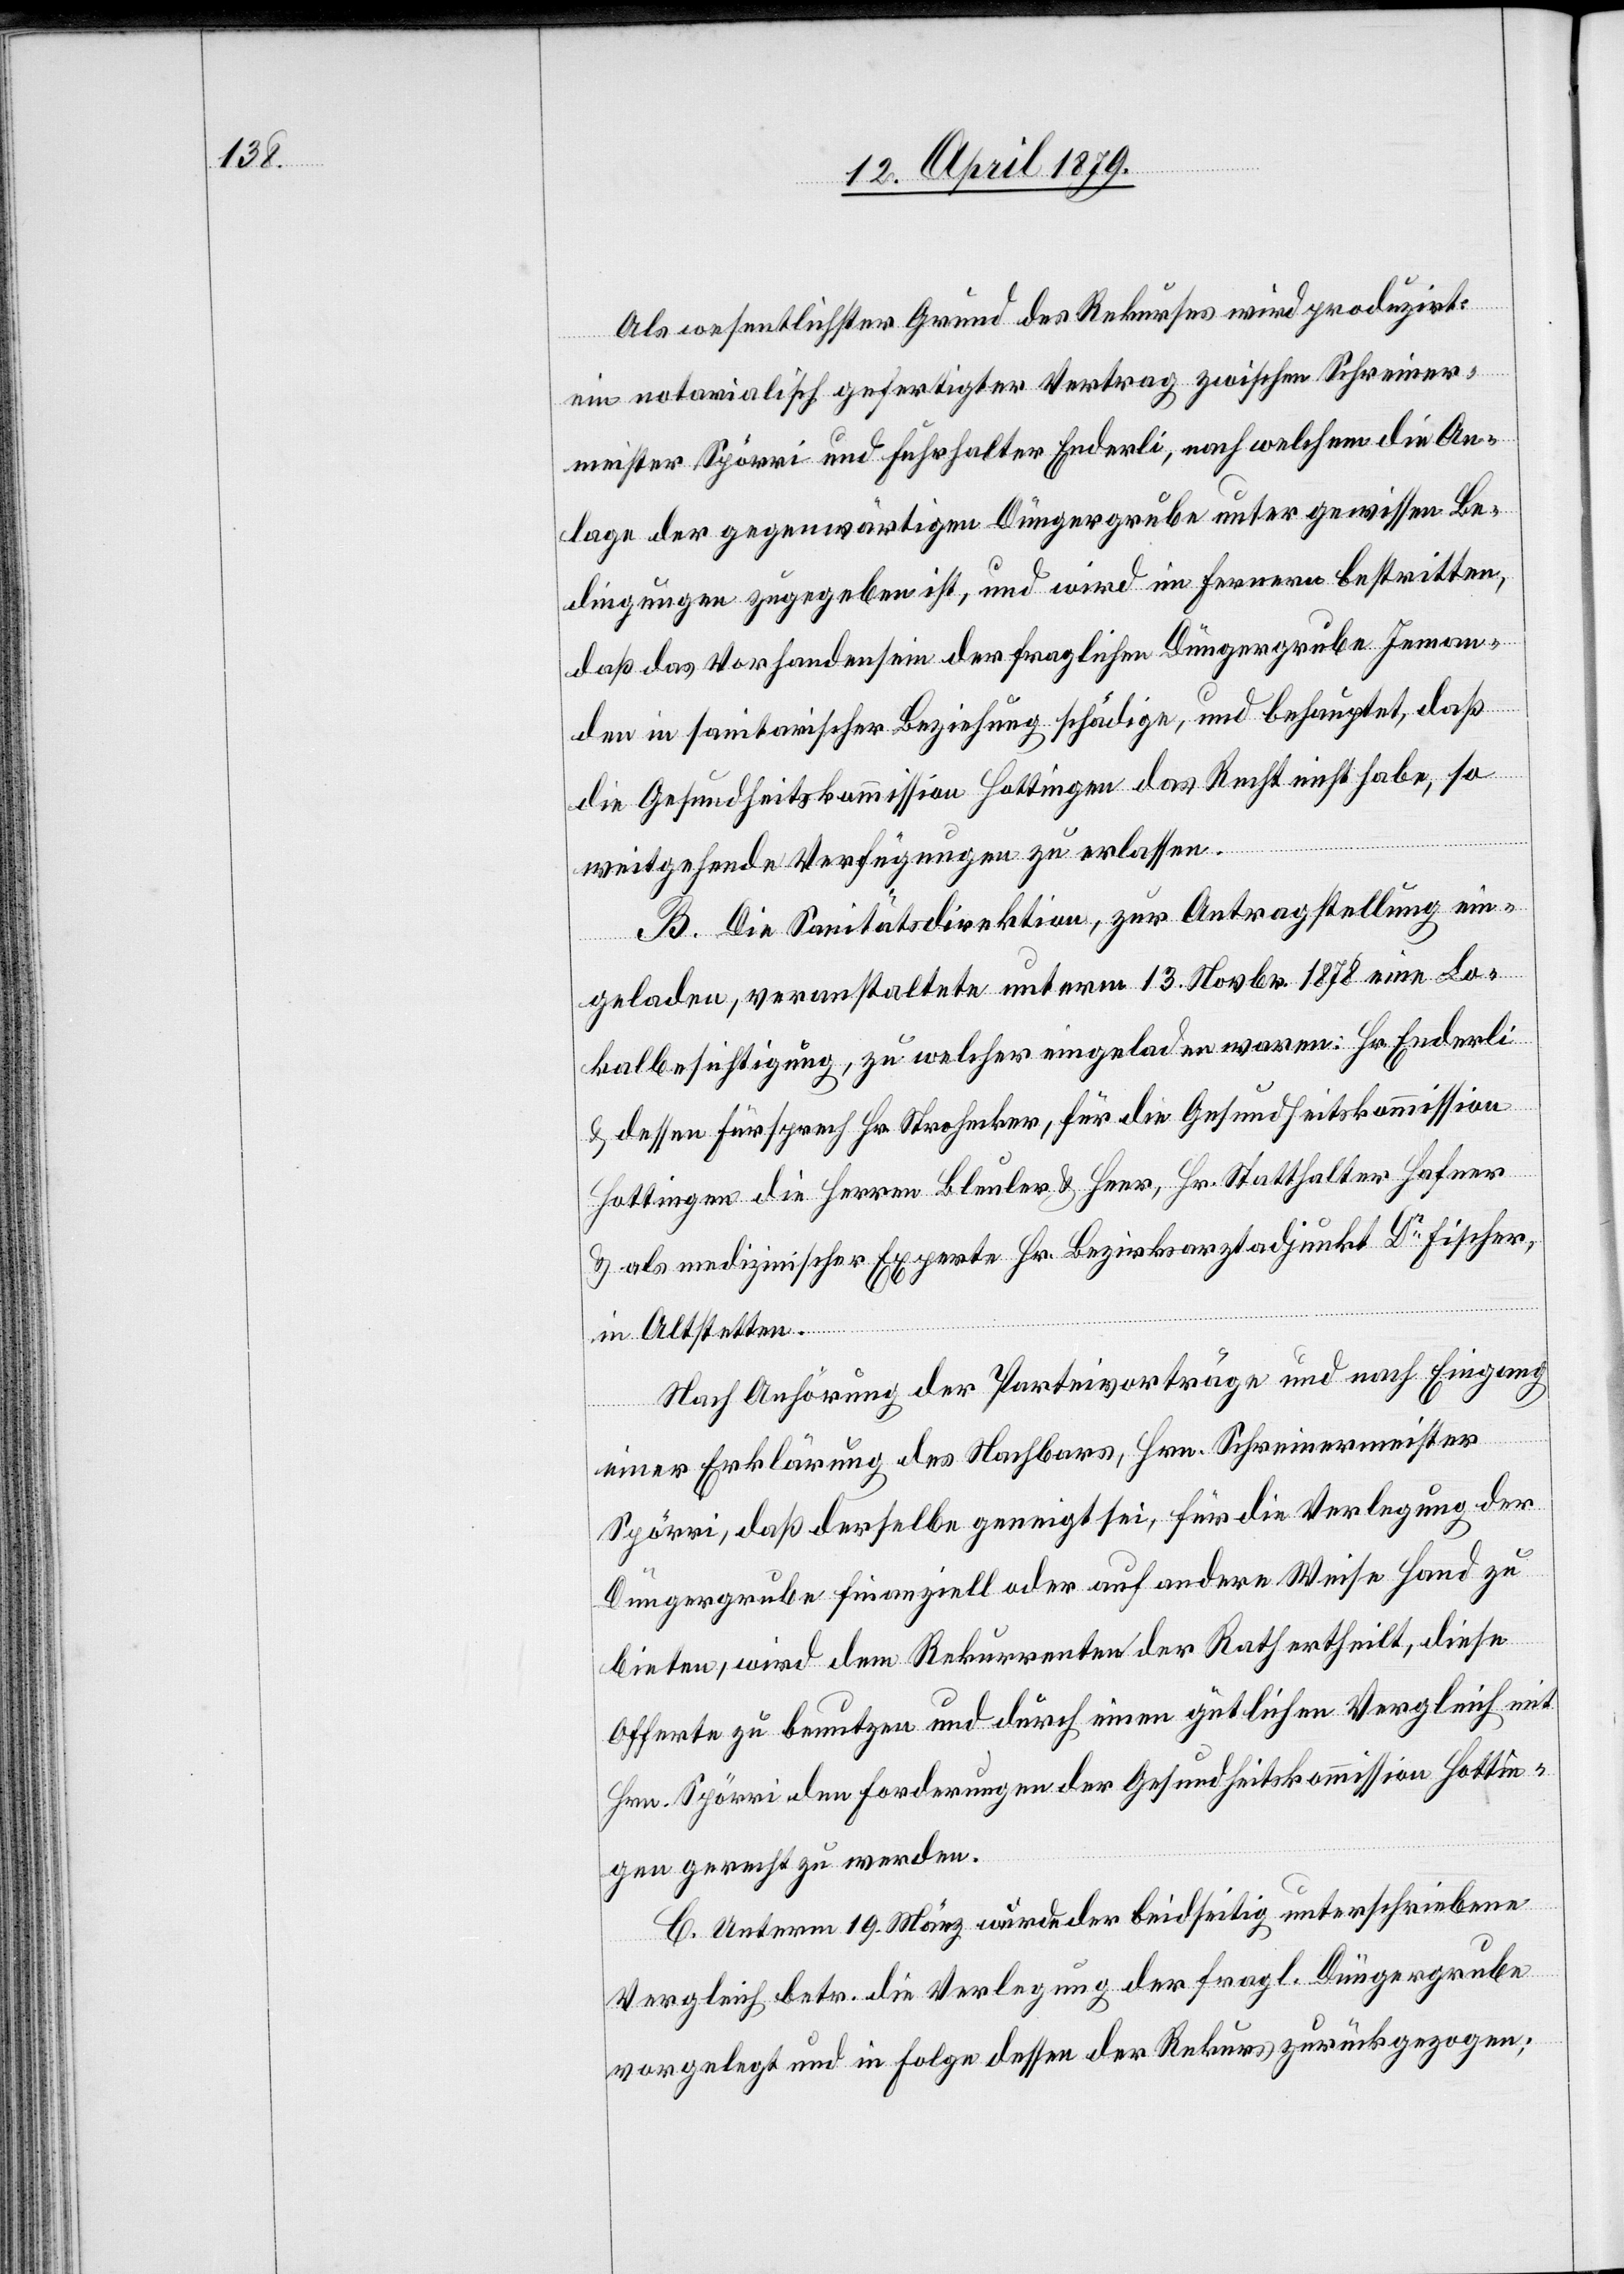
Als wesentlichster Grund des Rekurses wird produzirt:
ein notarialisch gefertigter Vertrag zwischen Schreiner¬
meister Spörri und Fuhrhalter Enderli, nach welchem die An¬
lage der gegenwärtigen Düngergrube unter gewissen Be¬
dingungen zugegeben ist, und wird im Fernern bestritten,
daß das Vorhandensein der fraglichen Düngergrube Jeman¬
den in sanitarischer Beziehung schädige, und behauptet, daß
die Gesundheitskommission Hottingen das Recht nicht habe, so
weitgehende Verfügungen zu erlassen.
B. Die Sanitätsdirektion, zur Antragstellung ein¬
geladen, veranstaltete unterm 13. Novbr. 1878 eine Lo¬
kalbesichtigung, zu welcher eingeladen waren: Hr. Enderli
& dessen Fürsprech Hr. Strohecker, für die Gesundheitskommission
Hottingen die Herren Bleuler & Heer, Hr. Statthalter Hafner
& als medizinischer Experte Hr. Bezirksarztadjunkt Dr Fischer,
in Altstetten.
Nach Anhörung der Parteivorträge und nach Eingang
einer Erklärung des Nachbars, Hrn. Schreinermeister
Spörri, daß derselbe geneigt sei, für die Verlegung der
Düngergrube finanziell oder auf andere Weise Hand zu
bieten, wird dem Rekurrenten der Rath ertheilt, diese
Offerte zu benutzen und durch einen gütlichen Vergleich mit
Hrn. Spörri den Forderungen der Gesundheitskommission Hottin¬
gen gerecht zu werden.
C. Unterm 19. März wurde der beidseitig unterschriebene
Vergleich betr. die Verlegung der fragl. Düngergrube
vorgelegt und in Folge dessen der Rekurs zurückgezogen;